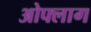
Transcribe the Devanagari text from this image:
ओफ्लाग